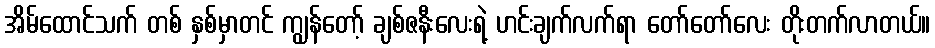
အိမ်ထောင်သက် တစ် နှစ်မှာတင် ကျွန်တော့် ချစ်ဇနီးလေးရဲ့ ဟင်းချက်လက်ရာ တော်တော်လေး တိုးတက်လာတယ်။